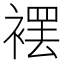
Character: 䙓